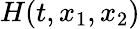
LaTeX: H(t,x_{1},x_{2})